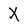
Character: X